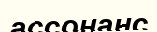
ассонанс